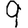
Digit: 9